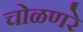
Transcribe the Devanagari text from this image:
चोळणरे